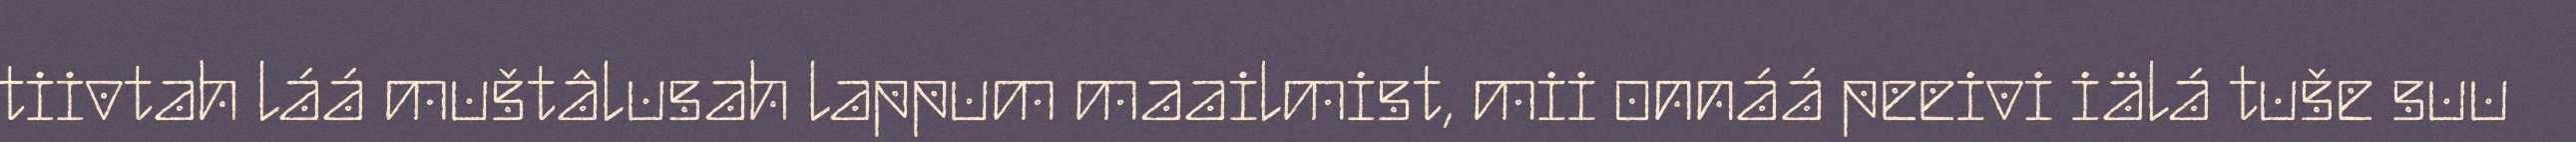
tiivtah láá muštâlusah lappum maailmist, mii onnáá peeivi iälá tuše suu